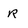
Character: R